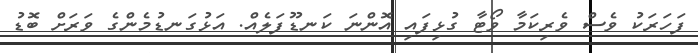
ފަހަރަކު ވެސް ވެރިކަމާ ވޯޓާ ގުޅިފައި އޮންނަ ކަނޑޫފަލެއް. އަޅުގަނޑުމެންގެ ވަރަށް ބޮޑު